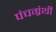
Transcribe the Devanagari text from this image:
पंचग्रंथी